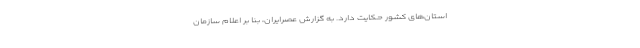
استان‌های کشور حکایت دارد. به گزارش عصرایران، بنا بر اعلام سازمان